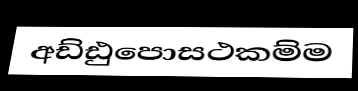
අඩ්ඪුපොසථකම්ම